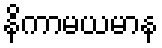
နိကာမယမာန